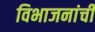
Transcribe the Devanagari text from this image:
विभाजनांची